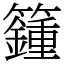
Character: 籦